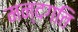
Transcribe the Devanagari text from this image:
मन्दगति